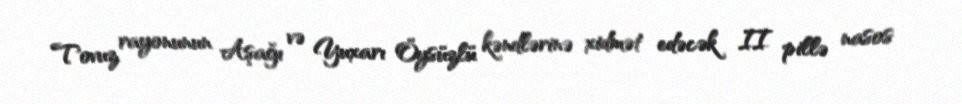
Tovuz rayonunun Aşağı və Yuxarı Öysüzlü kəndlərinə xidmət edəcək II pillə nasos